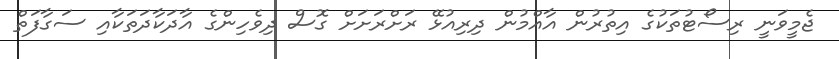
ޖެމީވަނީ ރިސޯޓުތަކުގެ އިތުރުން އާއްމުން ދިރިއުޅޭ ރަށްރަށަށް ގޮސް ދިވެހިންގެ އާދަކާދަތަކާއި ސަގާފަތް